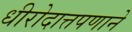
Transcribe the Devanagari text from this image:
धीरोदात्तपणाने